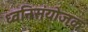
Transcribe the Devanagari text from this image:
ध्वनिसंयोजक